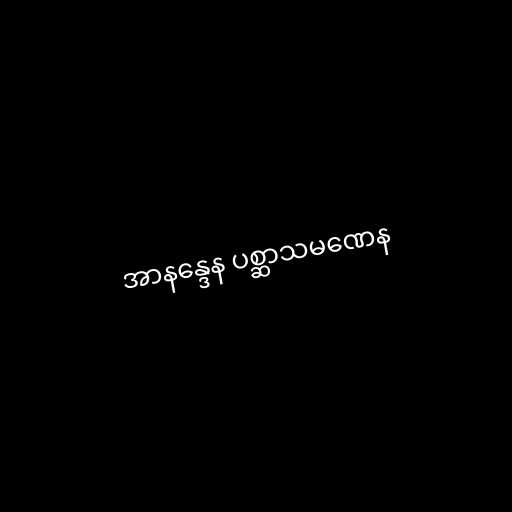
အာနန္ဒေန ပစ္ဆာသမဏေန